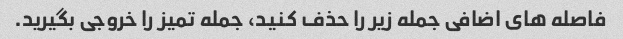
فاصله های اضافی جمله زیر را حذف کنید، جمله تمیز را خروجی بگیرید.